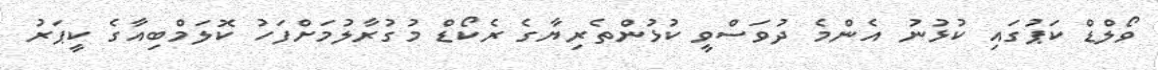
ވޯލްޑް ކަޕުގައި ކުޅުނު އެންމެ ދުވަސްވީ ކުޅުންތެރިޔާގެ ރެކޯޑް މުގުރާލުމަށްފަހު ކޮލަމްބިއާގެ ކީޕަރު